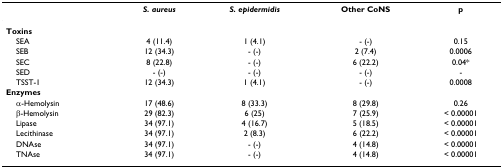
<table><thead><tr><td></td><td><b><i>S. aureus</i></b></td><td><b><i>S. epidermidis</i></b></td><td><b>Other CoNS</b></td><td><b>p</b></td></tr></thead><tbody><tr><td><b>Toxins</b></td><td></td><td></td><td></td><td></td></tr><tr><td> SEA</td><td>4 (11.4)</td><td>1 (4.1)</td><td>- (-)</td><td>0.15</td></tr><tr><td> SEB</td><td>12 (34.3)</td><td>- (-)</td><td>2 (7.4)</td><td>0.0006</td></tr><tr><td> SEC</td><td>8 (22.8)</td><td>- (-)</td><td>6 (22.2)</td><td>0.04*</td></tr><tr><td> SED</td><td>- (-)</td><td>- (-)</td><td>- (-)</td><td>-</td></tr><tr><td> TSST-1</td><td>12 (34.3)</td><td>1 (4.1)</td><td>- (-)</td><td>0.0008</td></tr><tr><td><b>Enzymes</b></td><td></td><td></td><td></td><td></td></tr><tr><td> α-Hemolysin</td><td>17 (48.6)</td><td>8 (33.3)</td><td>8 (29.8)</td><td>0.26</td></tr><tr><td> β-Hemolysin</td><td>29 (82.3)</td><td>6 (25)</td><td>7 (25.9)</td><td>&lt; 0.00001</td></tr><tr><td> Lipase</td><td>34 (97.1)</td><td>4 (16.7)</td><td>5 (18.5)</td><td>&lt; 0.00001</td></tr><tr><td> Lecithinase</td><td>34 (97.1)</td><td>2 (8.3)</td><td>6 (22.2)</td><td>&lt; 0.00001</td></tr><tr><td> DNAse</td><td>34 (97.1)</td><td>- (-)</td><td>4 (14.8)</td><td>&lt; 0.00001</td></tr><tr><td> TNAse</td><td>34 (97.1)</td><td>- (-)</td><td>4 (14.8)</td><td>&lt; 0.00001</td></tr></tbody></table>